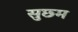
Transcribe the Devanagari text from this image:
सुछ्म